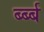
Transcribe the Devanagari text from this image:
र्ब्ब्ब